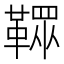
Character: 𩌔